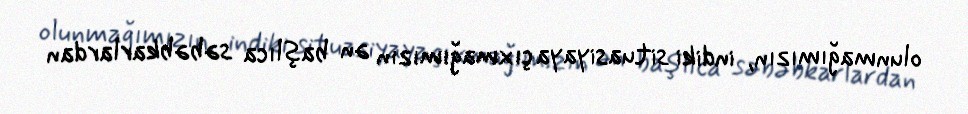
olunmağımızın, indiki situasiyaya çıxmağımızın ən başlıca səbəbkarlardan